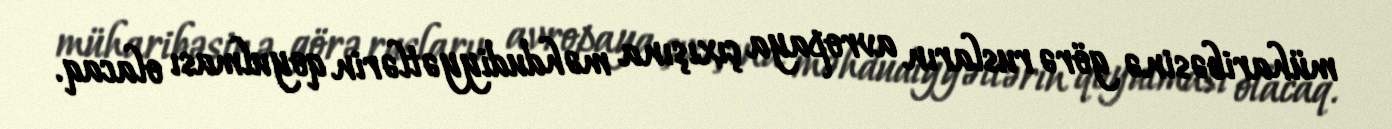
müharibəsinə görə rusların avropaya çıxışına məhdudiyyətlərin qoyulması olacaq.